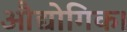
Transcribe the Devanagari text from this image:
औद्योगिक।